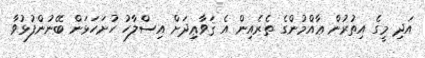
އަދި މީގެ އިތުރުން ޢާއްމުންގެ ތެރެއިން އެ ޤަވާޢިދަށް އިސްލާހު ހުށަހަޅަން ބޭނުންފުޅުވާ